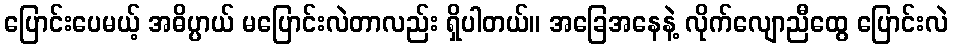
ပြောင်းပေမယ့် အဓိပ္ပာယ် မပြောင်းလဲတာလည်း ရှိပါတယ်။ အခြေအနေနဲ့ လိုက်လျောညီထွေ ပြောင်းလဲ